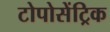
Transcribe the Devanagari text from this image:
टोपोसेंट्रिक